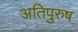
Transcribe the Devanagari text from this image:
अतिपुरुष